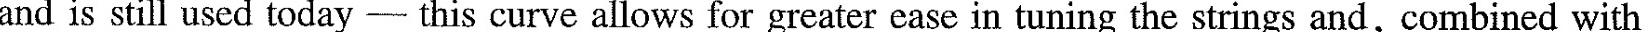
and is still used today - this curve allows for greater ease in tuning the strings and, combined with